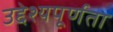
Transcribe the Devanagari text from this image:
उद्देश्यपूर्णता